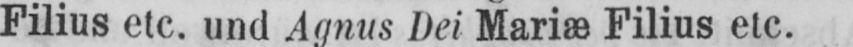
Filius etc. und Agnus Dei Mariæ Filius etc.